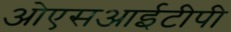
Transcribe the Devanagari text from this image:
ओएसआईटीपी